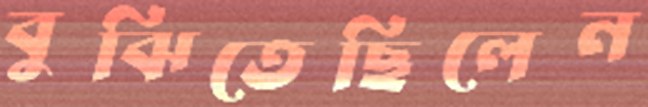
বুঝিতেছিলেন